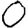
Digit: 0